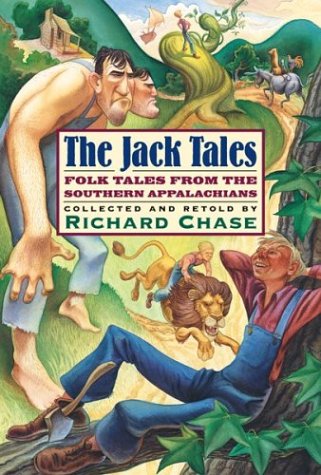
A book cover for The Jack Tales; Richard Chase; Children's Books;